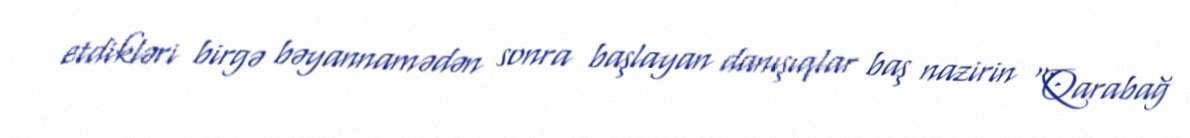
etdikləri birgə bəyannamədən sonra başlayan danışıqlar baş nazirin "Qarabağ